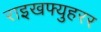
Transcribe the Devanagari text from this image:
राइखफ्युहरर